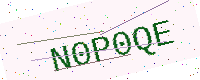
Text: N0P0QE